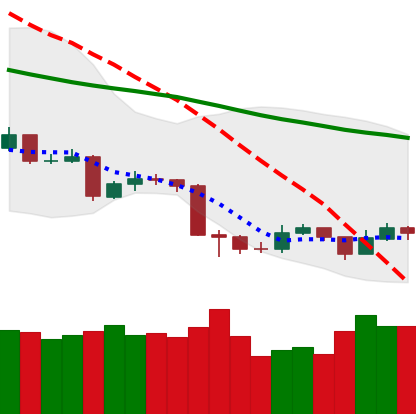
Ticker: TRX-USD
Chart end date: 2019-08-24
Forward return: -12.741%
Label: down_7plus